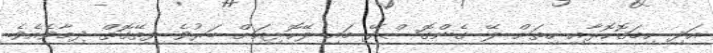
އަދި ހިމަގޮހޮރާއި ހިތަށް ލޭ ގެންގޮސްދޭ މައި ލޭހޮޅިއަށް ބަރުވެ ފިތޭގޮތް ދިމާވެއެވެ.